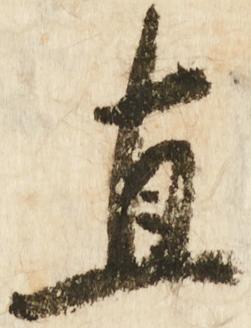
直